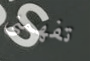
تفهمنى